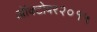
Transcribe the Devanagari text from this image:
ऑक्टोबर२०१५